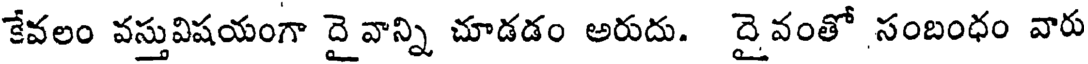
కేవలం వస్తువిషయంగా దై వాన్ని చూడడం అరుదు. దైవంతో సంబంధం వారు